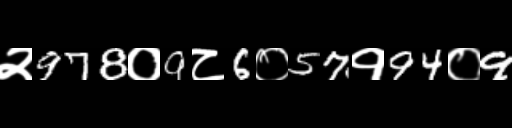
Text: २978०9८6०57१94०9